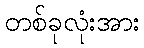
တစ်ခုလုံးအား